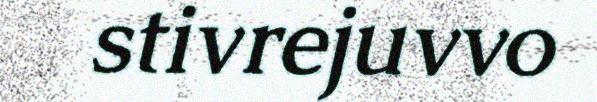
stivrejuvvo